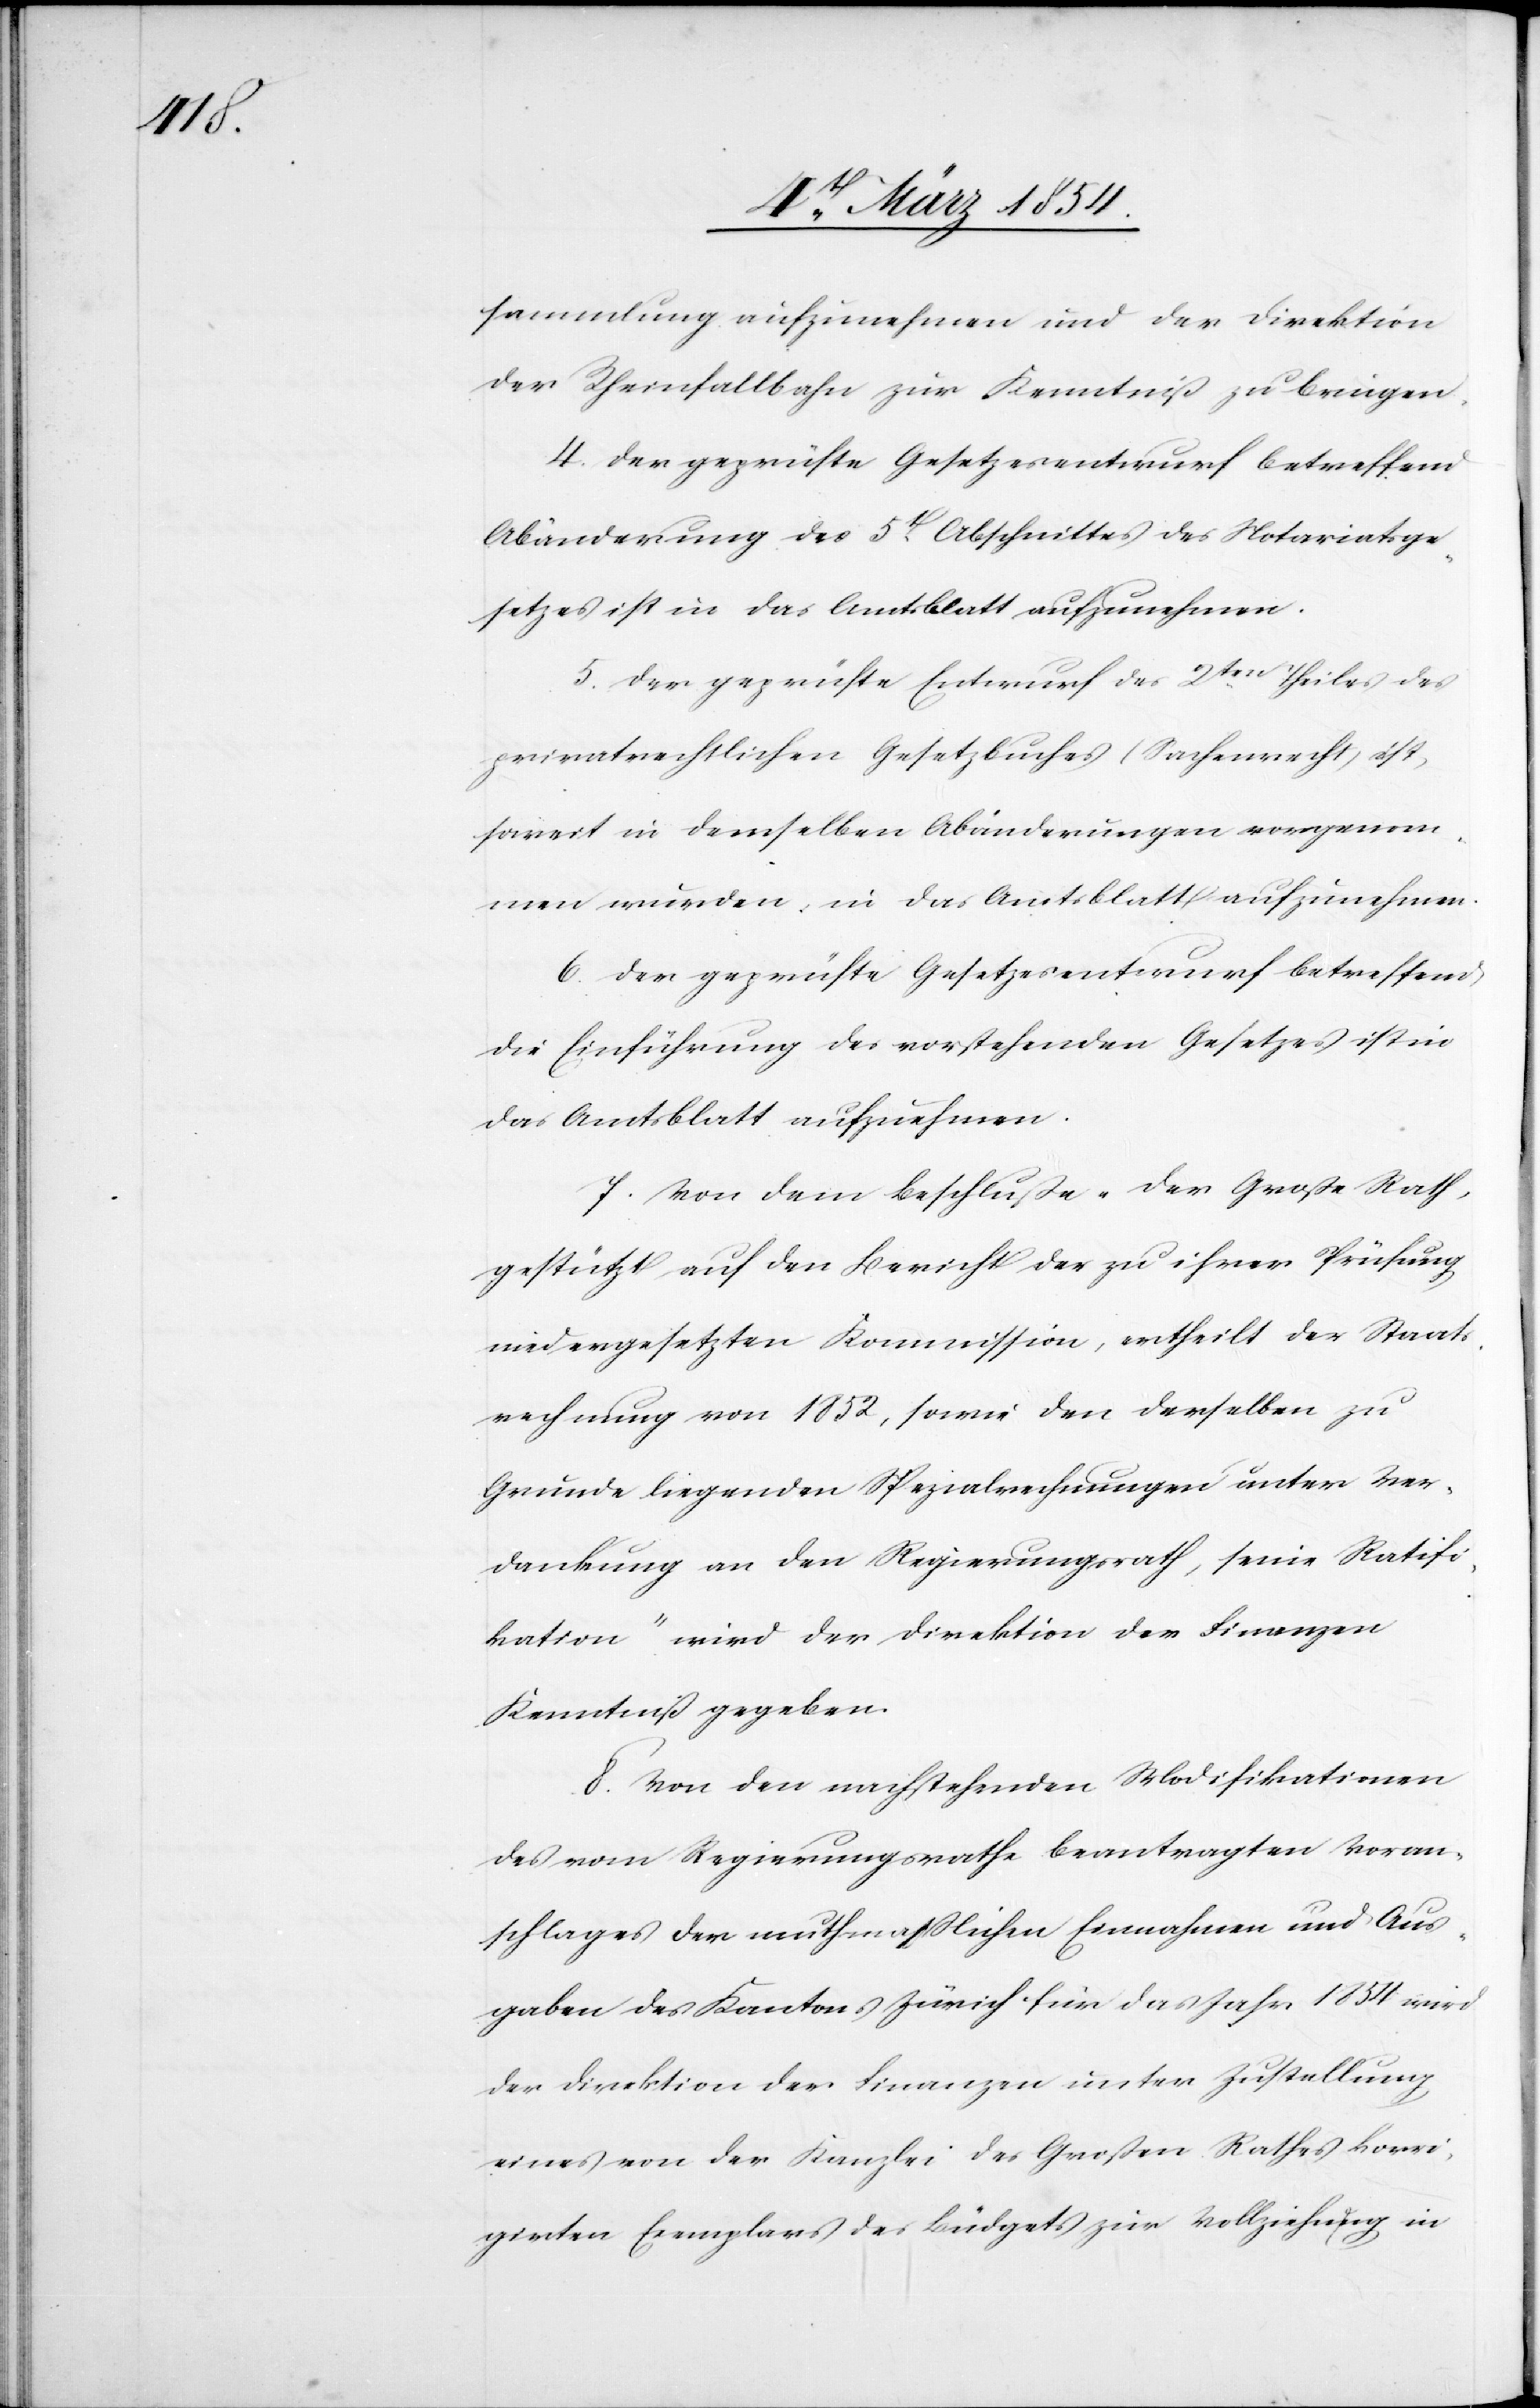
sammlung aufzunehmen und der Direktion
der Rheinfallbahn zur Kenntniß zu bringen.
4. Der geprüfte Gesetzesentwurf betreffend
Abänderung des 5t Abschnittes des Notariatsge¬
setzes ist in das Amtsblatt aufzunehmen.
5. Der geprüfte Entwurf des 2 ten Theiles des
privatrechtlichen Gesetzbuches (Sachenrecht) ist,
soweit in demselben Abänderungen vorgenom¬
men wurden, in das Amtsblatt aufzunehmen.
6. Der geprüfte Gesetzesentwurf betreffend
die Einführung des vorstehenden Gesetzes ist in
das Amtsblatt aufzunehmen.
7. Von dem Beschluße „Der Große Rath,
gestützt auf den Bericht des zu ihrer Prüfung
niedergesetzten Kommission, ertheilt der Staats¬
rechnung von 1852, sowie den derselben zu
Grunde liegenden Spezialrechnungen unter Ver¬
dankung an den Regierungsrath, seine Ratifi¬
kation“ wird der Direktion der Finanzen
Kenntniß gegeben.
8. Von den nachstehenden Modifikationen
des vom Regierungsrathe beantragten Voran¬
schlages der muthmaßlichen Einnahmen und Aus¬
gaben des Kantons Zürich für das Jahr 1854 wird
der Direktion der Finanzen unter Zustellung
eines von der Kanzlei des Großen Rathes korri¬
girten Exemplars des Büdgets zur Vollziehung in